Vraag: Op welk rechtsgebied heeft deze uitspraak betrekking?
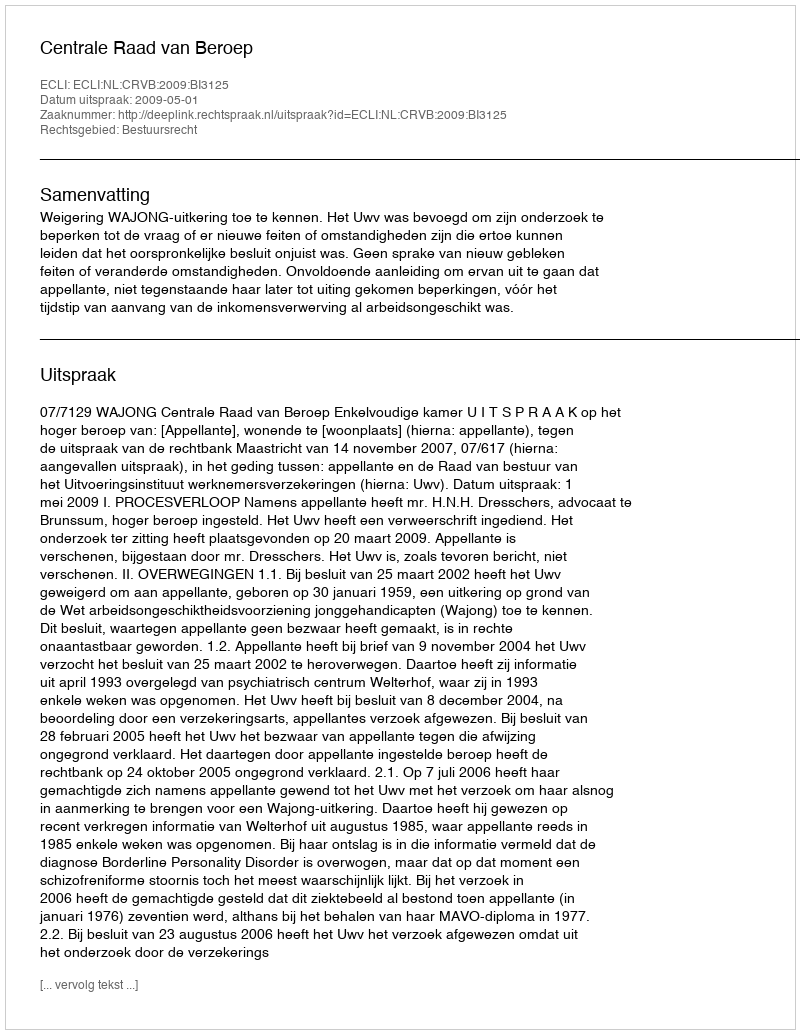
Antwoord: Bestuursrecht